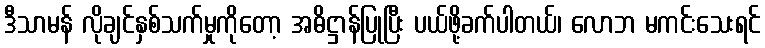
ဒီသာမန် လိုချင်နှစ်သက်မှုကိုတော့ အဓိဋ္ဌာန်ပြုပြီး ပယ်ဖို့ခက်ပါတယ်၊ လောဘ မကင်းသေးရင်